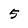
Character: 5